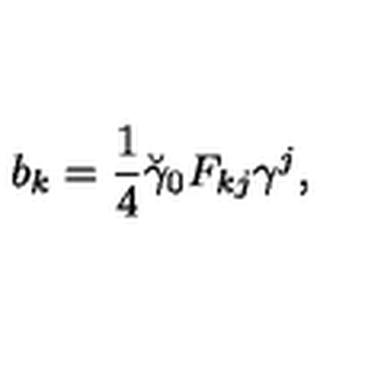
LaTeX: b _ { k } = \frac 1 4 \breve { \gamma } _ { 0 } F _ { k j } \gamma ^ { j } ,